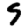
Digit: 9